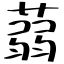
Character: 蒻